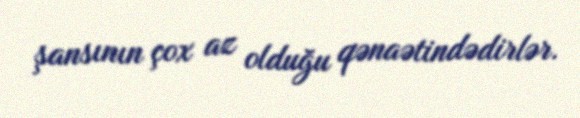
şansının çox az olduğu qənaətindədirlər.